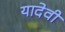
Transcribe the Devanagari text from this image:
यादेवी